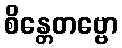
စိန္တေတဗ္ဗော